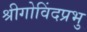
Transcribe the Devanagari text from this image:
श्रीगोविंदप्रभु